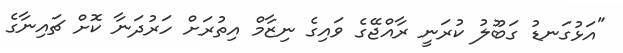
"އަޅުގަނޑު ގަބޫލު ކުރަނީ ރާއްޖޭގެ ވައިގެ ނިޒާމް އިތުރަށް ހަރުދަނާ ކޮށް ޗައިނާގެ